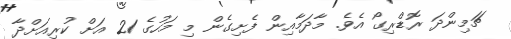
ޗަމިންދަ ރޮޑްރިގޯ އެވެ. މާދަމާއިން ފެށިގެން މި މަހުގެ 21 އަށް ކުރިއަށްދާ